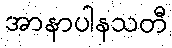
အာနာပါနသတီ